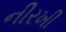
નીરખી